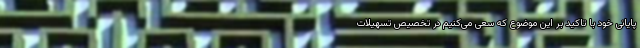
پایانی خود با تاکید بر این موضوع که سعی می‌کنیم در تخصیص تسهیلات